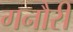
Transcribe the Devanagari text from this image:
गनौरी